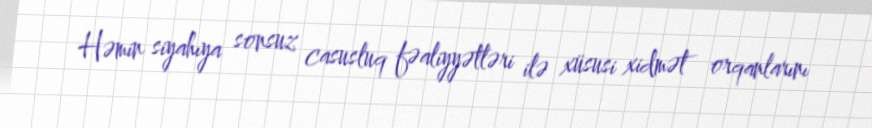
Həmin siyahıya sonsuz casusluq fəaliyyətləri ilə xüsusi xidmət orqanlarını